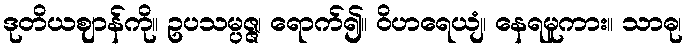
ဒုတိယဈာန်ကို။ ဥပသမ္ပဇ္ဇ၊ ရောက်၍။ ဝိဟရေယျံ၊ နေရမူကား။ သာဓု၊